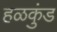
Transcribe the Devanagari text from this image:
हळकुंड